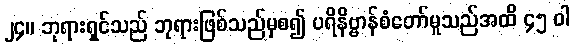
၂၄။ ဘုရားရှင်သည် ဘုရားဖြစ်သည်မှစ၍ ပရိနိဗ္ဗာန်စံတော်မူသည်အထိ ၄၅ ဝါ